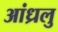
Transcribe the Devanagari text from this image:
आंध्रलु